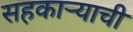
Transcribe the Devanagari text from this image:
सहकाऱ्याची